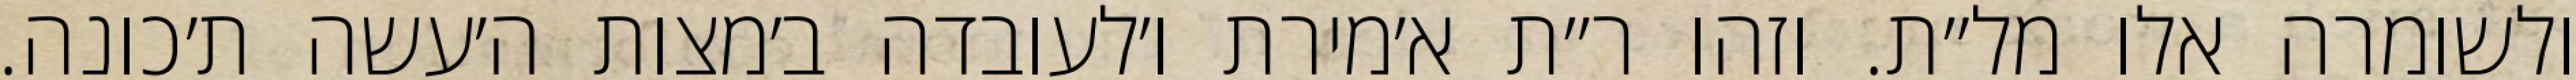
ולשומרה אלו מל״ת. וזהו ר״ת א׳מירת ו׳לעובדה ב׳מצות ה׳עשה ת׳כונה.